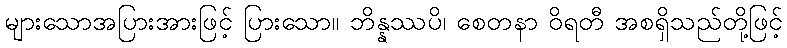
များသောအပြားအားဖြင့် ပြားသော။ ဘိန္နဿပိ၊ စေတနာ ဝိရတီ အစရှိသည်တို့ဖြင့်